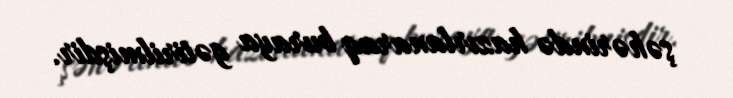
şəhərində hazırlanaraq buraya gətirilmişdir.